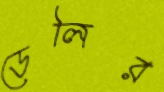
ডেলির